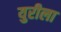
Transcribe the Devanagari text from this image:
युरीला